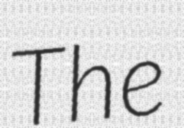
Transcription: The